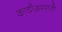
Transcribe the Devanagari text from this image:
काचीअम्पाठी